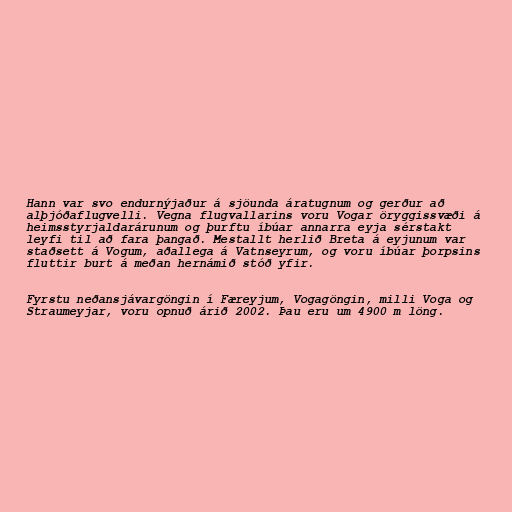
Hann var svo endurnýjaður á sjöunda áratugnum og gerður að
alþjóðaflugvelli. Vegna flugvallarins voru Vogar öryggissvæði á
heimsstyrjaldarárunum og þurftu íbúar annarra eyja sérstakt
leyfi til að fara þangað. Mestallt herlið Breta á eyjunum var
staðsett á Vogum, aðallega á Vatnseyrum, og voru íbúar þorpsins
fluttir burt á meðan hernámið stóð yfir.

Fyrstu neðansjávargöngin í Færeyjum, Vogagöngin, milli Voga og
Straumeyjar, voru opnuð árið 2002. Þau eru um 4900 m löng.